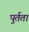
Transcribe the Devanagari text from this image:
पुर्तता